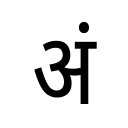
OCR:
अं